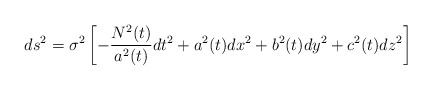
\begin{align*}ds^2=\sigma^2\left[-\frac{N^2(t)}{a^2(t)}dt^2 + a^2(t)dx^2 +b^2(t)dy^2+c^2(t)dz^2\right]\end{align*}